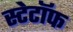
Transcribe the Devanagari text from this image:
स्टेटॉफ